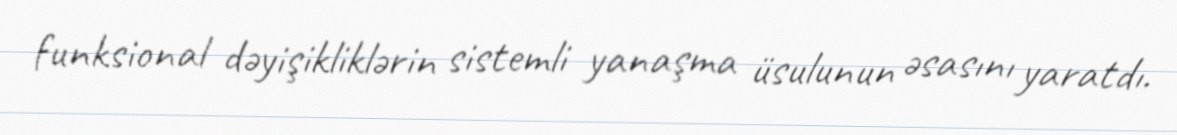
funksional dəyişikliklərin sistemli yanaşma üsulunun əsasını yaratdı.